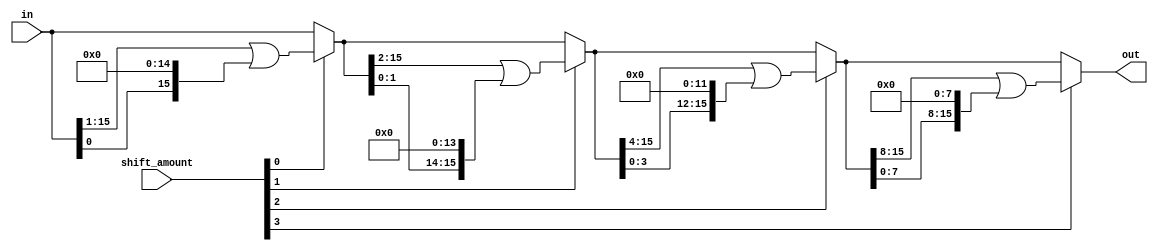
module circular_shift (
   out,
   in,
   shift_amount
);

output[15:0] out;

input[15:0] in;
input[3:0] shift_amount;

wire[15:0] shift_1, shift_2, shift_4;

assign shift_1  = shift_amount[0] ? (in >> 1 | in << 15) : in;
assign shift_2  = shift_amount[1] ? (shift_1 >> 2 | shift_1 << 14) : shift_1;
assign shift_4  = shift_amount[2] ? (shift_2 >> 4 | shift_2 << 12) : shift_2;
assign out  = shift_amount[3] ? (shift_4 >> 8 | shift_4 << 8) : shift_4;

endmodule